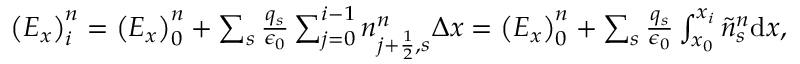
\begin{array} { r } { \left( E _ { x } \right) _ { i } ^ { n } = \left( E _ { x } \right) _ { 0 } ^ { n } + \sum _ { s } \frac { q _ { s } } { \epsilon _ { 0 } } \sum _ { j = 0 } ^ { i - 1 } n _ { j + \ensuremath { { \frac { 1 } { 2 } } } , s } ^ { n } \Delta x = \left( E _ { x } \right) _ { 0 } ^ { n } + \sum _ { s } \frac { q _ { s } } { \epsilon _ { 0 } } \int _ { x _ { 0 } } ^ { x _ { i } } \tilde { n } _ { s } ^ { n } \mathrm { d } x , } \end{array}